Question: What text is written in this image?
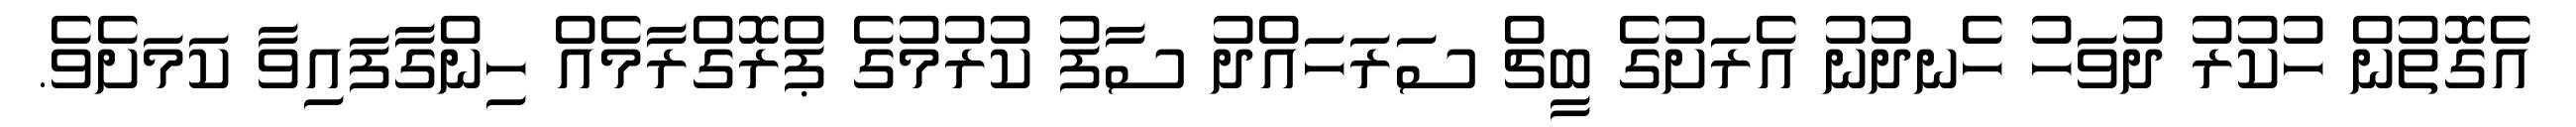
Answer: އެގޮތުން ހުކުރު ދުވަހު ހެނދުނު އެރަށުގެ ބީޗް ސަރަހައްދު ސާފު ކުރުމުގެ ޕްރޮގްރާމެއް ހިންގާފައިވާ ކަމަށެވެ.